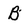
Character: B